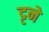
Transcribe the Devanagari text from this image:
ट्टने